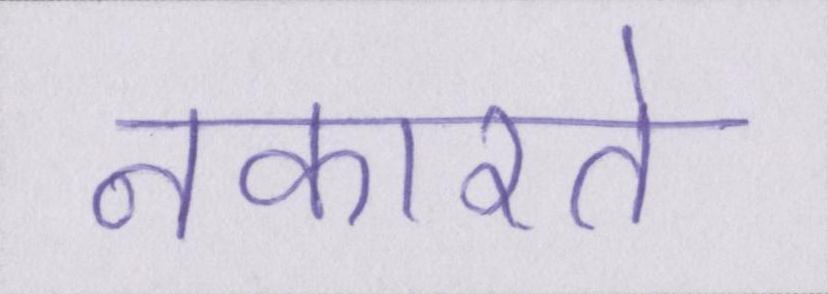
नकारते